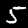
Digit: 5